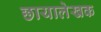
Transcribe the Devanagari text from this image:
छायालेखक